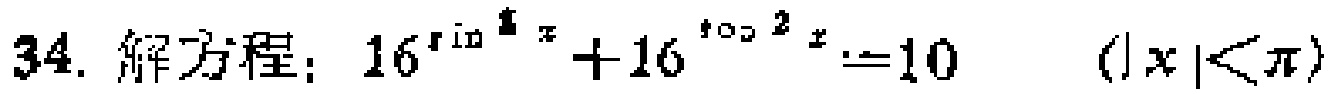
34. 解方程：\(16^{\sin^{2}x}+16^{\cos^{2}x}=10\)  \((|x|<\pi)\)